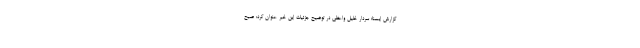
گزارش ایسنا؛ سردار خلیل واعظی در توضیح جزئیات این خبر عنوان کرد: صبح